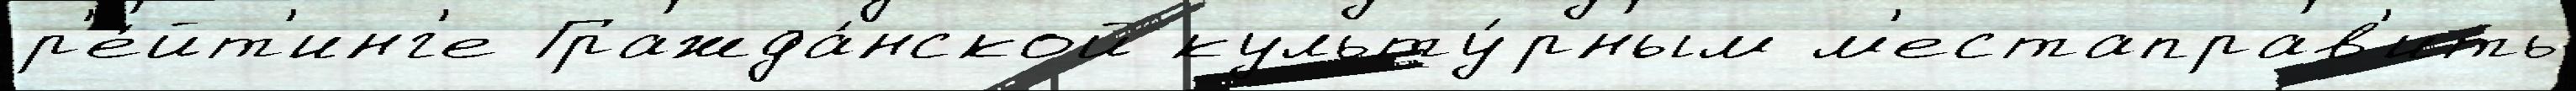
р'е́йт'инг'е Гражда́нской культу́рным м'естаправ'ить